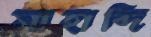
সাহাব্দি